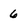
Character: 6